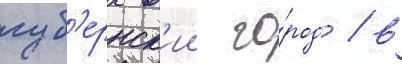
губ'ернск'ии го́род / в